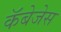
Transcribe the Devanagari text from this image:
कॅबेजेस